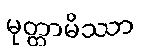
မုတ္တာမိဿာ